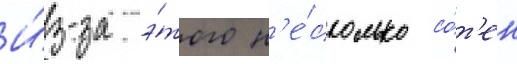
И́з-за э́того н'е́сколько со́т'ен